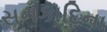
સનકાદિના